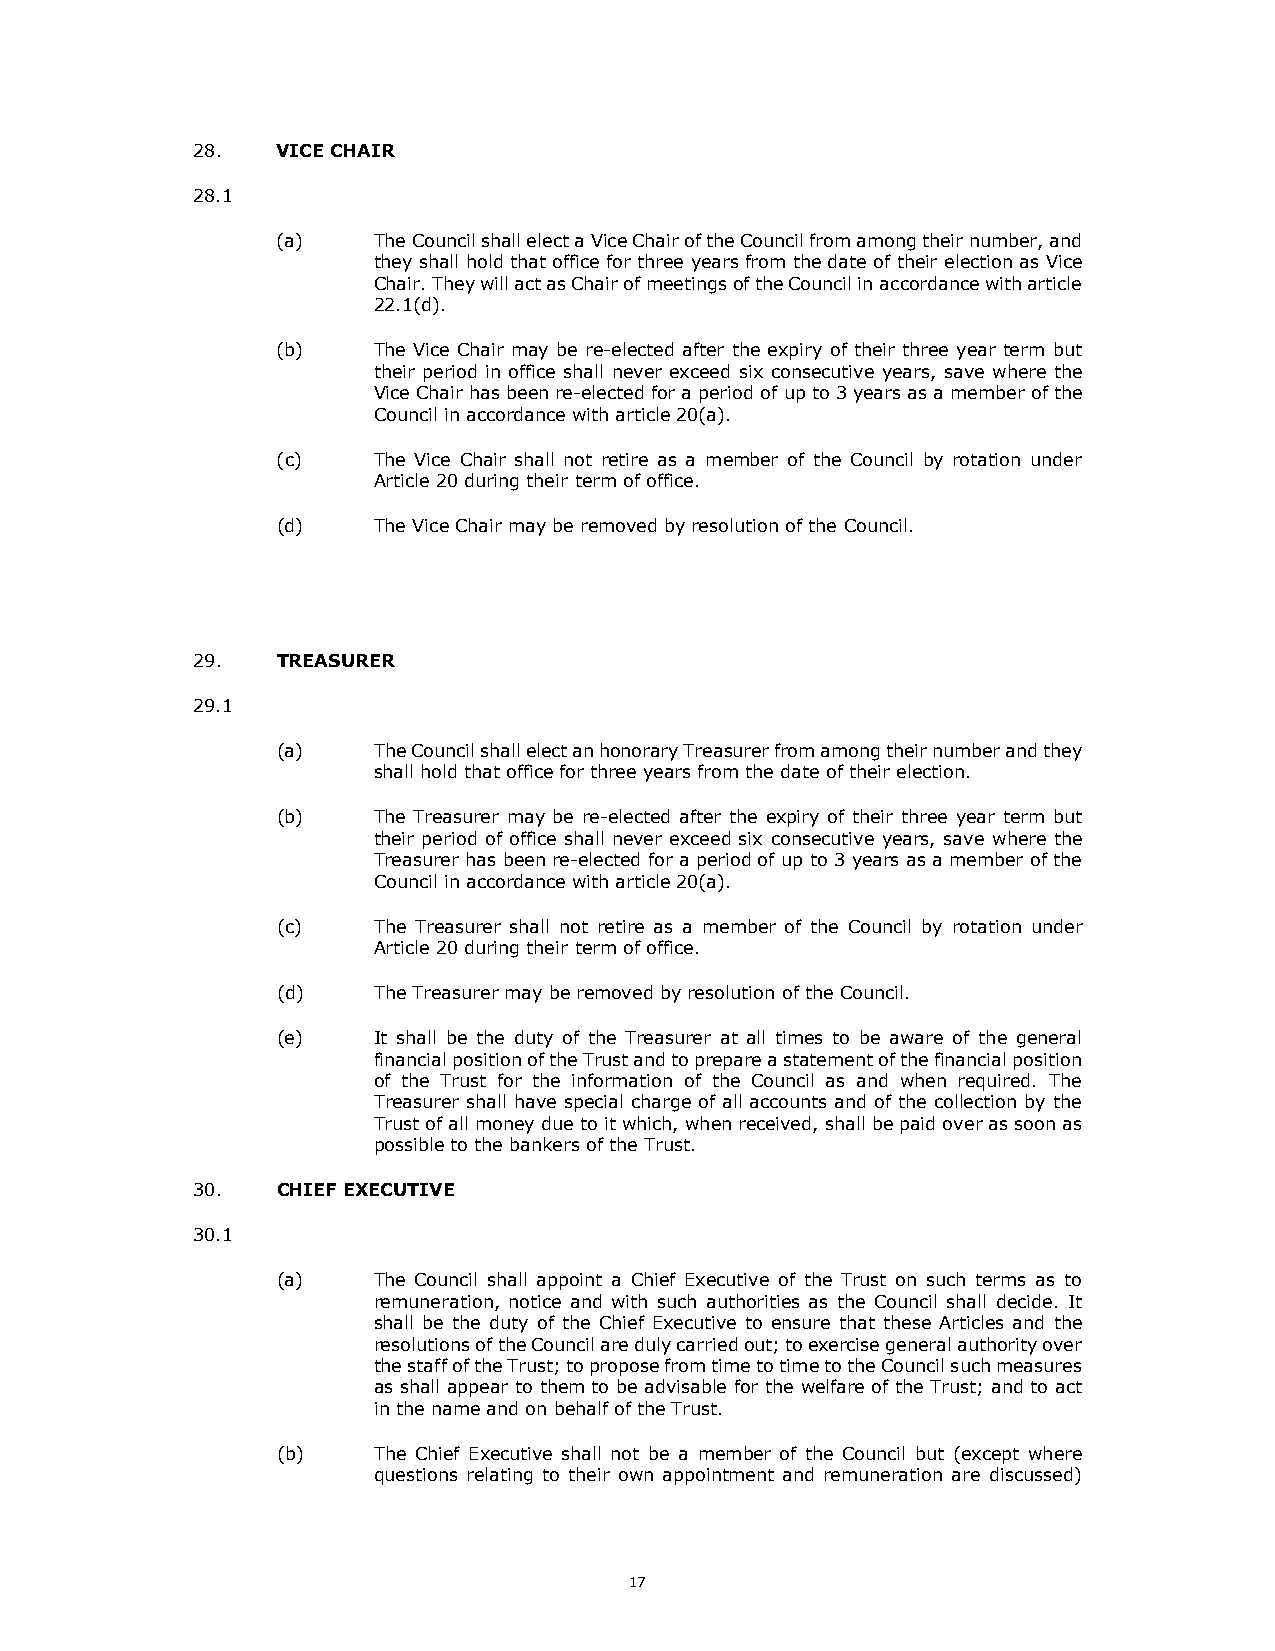
28.  VICE CHAIR
 28.1
 (a)    The Council shall elect a Vice Chair of the Council from among their number, and
 they shall hold that office for three years from the date of their election as Vice
 Chair. They will act as Chair of meetings of the Council in accordance with article
 22.1(d).
 (b)    The Vice Chair may be re-elected after the expiry of their three year term but
 their period in office shall never exceed six consecutive years, save where the
 Vice Chair has been re-elected for a period of up to 3 years as a member of the
 Council in accordance with article 20(a).
 (c)    The Vice Chair shall not retire as a member of the Council by rotation under
 Article 20 during their term of office.
 (d)    The Vice Chair may be removed by resolution of the Council.
 29.  TREASURER
 29.1
 (a)    The Council shall elect an honorary Treasurer from among their number and they
 shall hold that office for three years from the date of their election.
 (b)    The Treasurer may be re-elected after the expiry of their three year term but
 their period of office shall never exceed six consecutive years, save where the
 Treasurer has been re-elected for a period of up to 3 years as a member of the
 Council in accordance with article 20(a).
 (c)    The Treasurer shall not retire as a member of the Council by rotation under
 Article 20 during their term of office.
 (d)    The Treasurer may be removed by resolution of the Council.
 (e)    It shall be the duty of the Treasurer at all times to be aware of the general
 financial position of the Trust and to prepare a statement of the financial position
 of the Trust for the information of the Council as and when required. The
 Treasurer shall have special charge of all accounts and of the collection by the
 Trust of all money due to it which, when received, shall be paid over as soon as
 possible to the bankers of the Trust.
 30.  CHIEF EXECUTIVE
 30.1
 (a)    The Council shall appoint a Chief Executive of the Trust on such terms as to
 remuneration, notice and with such authorities as the Council shall decide. It
 shall be the duty of the Chief Executive to ensure that these Articles and the
 resolutions of the Council are duly carried out; to exercise general authority over
 the staff of the Trust; to propose from time to time to the Council such measures
 as shall appear to them to be advisable for the welfare of the Trust; and to act
 in the name and on behalf of the Trust.
 (b)    The Chief Executive shall not be a member of the Council but (except where
 questions relating to their own appointment and remuneration are discussed)
 17